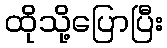
ထိုသို့ပြောပြီး